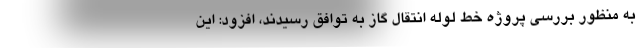
به منظور بررسی پروژه خط لوله انتقال گاز به توافق رسیدند، افزود: این